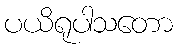
ပယိရုပါသတော